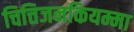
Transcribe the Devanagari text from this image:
चित्तिजनकियम्मा